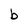
Character: b